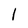
Character: 1